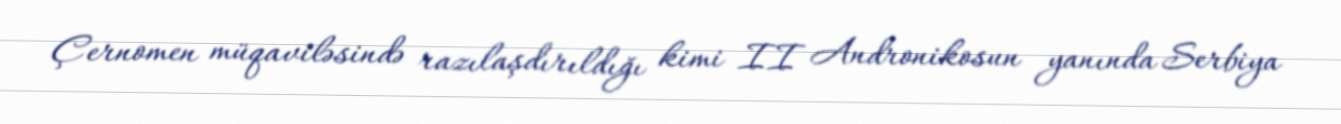
Çernomen müqaviləsində razılaşdırıldığı kimi II Andronikosun yanında Serbiya